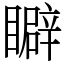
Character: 䁹